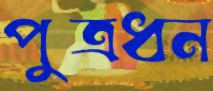
পুত্রধন